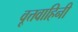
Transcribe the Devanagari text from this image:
वृ्त्तवाहिनी